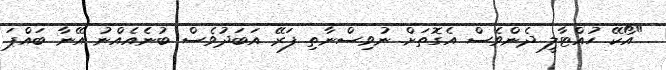
"އޯކޭ ހުއްޓާލީ ދެންވެސް އެގޮތަށް ނުވިސްނާތި ފަރޭ އަބަދުވެސް ބުނެއެއްނު އޭނާ ބައްޕަ